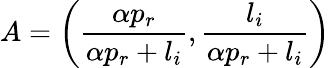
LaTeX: A=\left(\frac{\alpha p_{r}}{\alpha p_{r}+l_{i}},\frac{l_{i}}{\alpha p_{r}+l_{i}}\right)